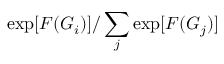
\exp [ F ( G _ { i } ) ] / \sum _ { j } \exp [ F ( G _ { j } ) ]